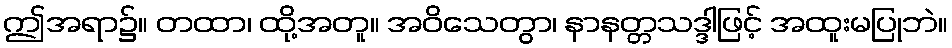
ဤအရာ၌။ တထာ၊ ထို့အတူ။ အဝိသေတွာ၊ နာနတ္တသဒ္ဒါဖြင့် အထူးမပြုဘဲ။